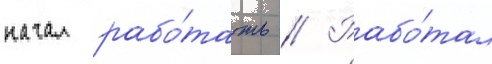
начал рабо́тать // Рабо́тал